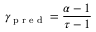
\gamma _ { \textrm { p r e d } } = \frac { \alpha - 1 } { \tau - 1 }